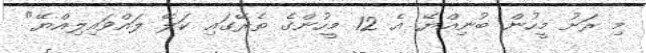
މި ރަށު މީހުން ބުނިއްޔޭ އެ 12 މީހުންގެ ތެރޭގައި ކަލޭ ލައްވައިލިއްޔޭ"